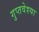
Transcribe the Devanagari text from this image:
गुप्तवेश्या